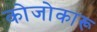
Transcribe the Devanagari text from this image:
कोजोकारू